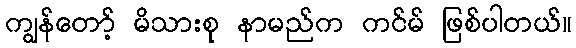
ကျွန်တော့် မိသားစု နာမည်က ကင်မ် ဖြစ်ပါတယ်။